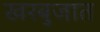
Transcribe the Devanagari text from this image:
खरबुजात